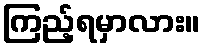
ကြည့်ရမှာလား။